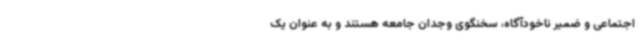
اجتماعی و ضمیر ناخودآگاه، سخنگوی وجدان جامعه هستند و به عنوان یک